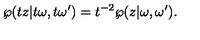
\wp ( t z | t \omega , t \omega ^ { \prime } ) = t \sp { - 2 } \wp ( z | \omega , \omega ^ { \prime } ) .